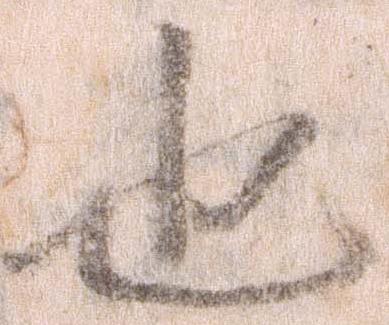
也